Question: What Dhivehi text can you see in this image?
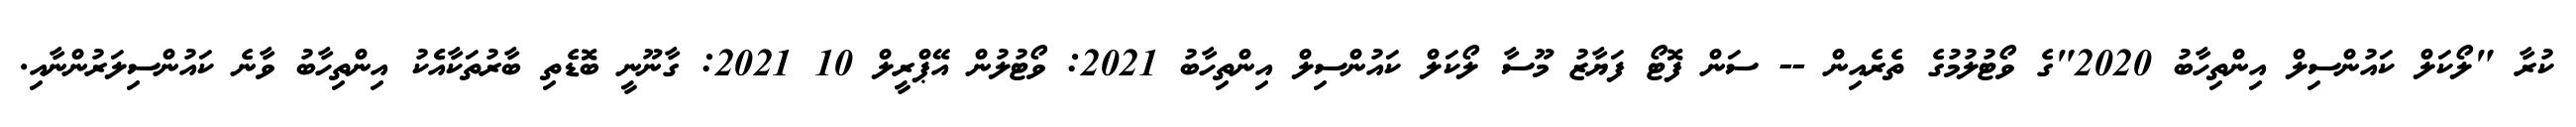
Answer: ކުރާ "ލޯކަލް ކައުންސިލް އިންތިހާބު 2020"ގެ ވޯޓުލުމުގެ ތެރެއިން -- ސަން ފޮޓޯ ފަޔާޒު މޫސާ ލޯކަލް ކައުންސިލް އިންތިހާބު 2021: ވޯޓުލުން އޭޕްރީލް 10 2021: ގާނޫނީ ބޮޑެތި ބާރުތަކާއެެކު އިންތިހާބު ވާނެ ކައުންސިލަރުންނާއި.